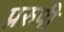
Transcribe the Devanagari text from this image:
प्ररुपी